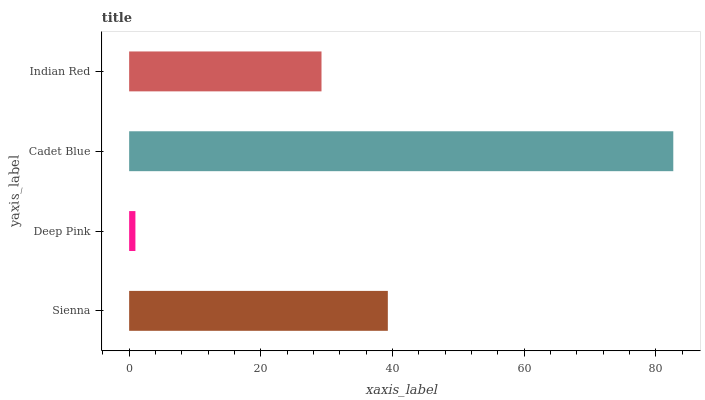
| yaxis_label | bars |
 | --- | --- |
 | Sienna | 39.3 |
 | Deep Pink | 0.953 |
 | Cadet Blue | 82.7 |
 | Indian Red | 29.2 |